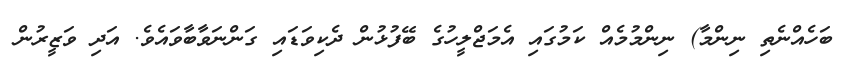
ބަހެއްނެތި ނިންމާ) ނިންމުމެއް ކަމުގައި އެމަޖްލީހުގެ ބޭފުޅުން ދެކިވަޑައި ގަންނަވާބާވައެވެ. އަދި ވަޒީރުން